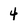
Character: 4